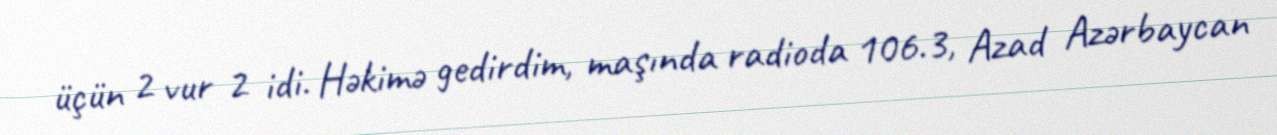
üçün 2 vur 2 idi. Həkimə gedirdim, maşında radioda 106.3, Azad Azərbaycan